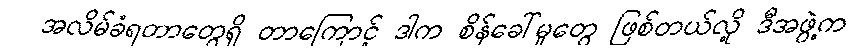
အလိမ်ခံရတာတွေရှိ တာကြောင့် ဒါက စိန်ခေါ်မှုတွေ ဖြစ်တယ်လို့ ဒီအဖွဲ့က